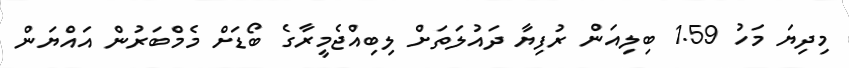
މިދިޔަ މަހު 1.59 ބިލިއަން ރުފިޔާ ދައުލަތަށް ލިބިއްޖެމީރާގެ ބޯޑަށް މެމްބަރުން އައްޔަން